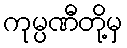
ကုမ္ပဏီတို့မှ